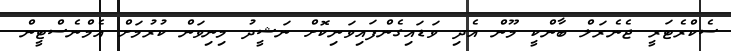
ސެކްރެޓަރީ ޖެނެރަލް ބާންކީ މޫން އެދި ވަޑައިގެންފައިވަނިކޮށް ނަޝީދު މިނިވަން ކުރުމަށް އެމްނެސްޓީން